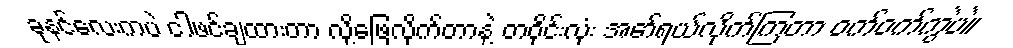
ခုနင်လေးကပဲ ငါဖင်ချထားတာ လို့ဖြေလိုက်တာနဲ့ တဝိုင်းလုံး အော်ရယ်လိုက်ကြတာ ဝက်ဝက်ကွဲပဲ။